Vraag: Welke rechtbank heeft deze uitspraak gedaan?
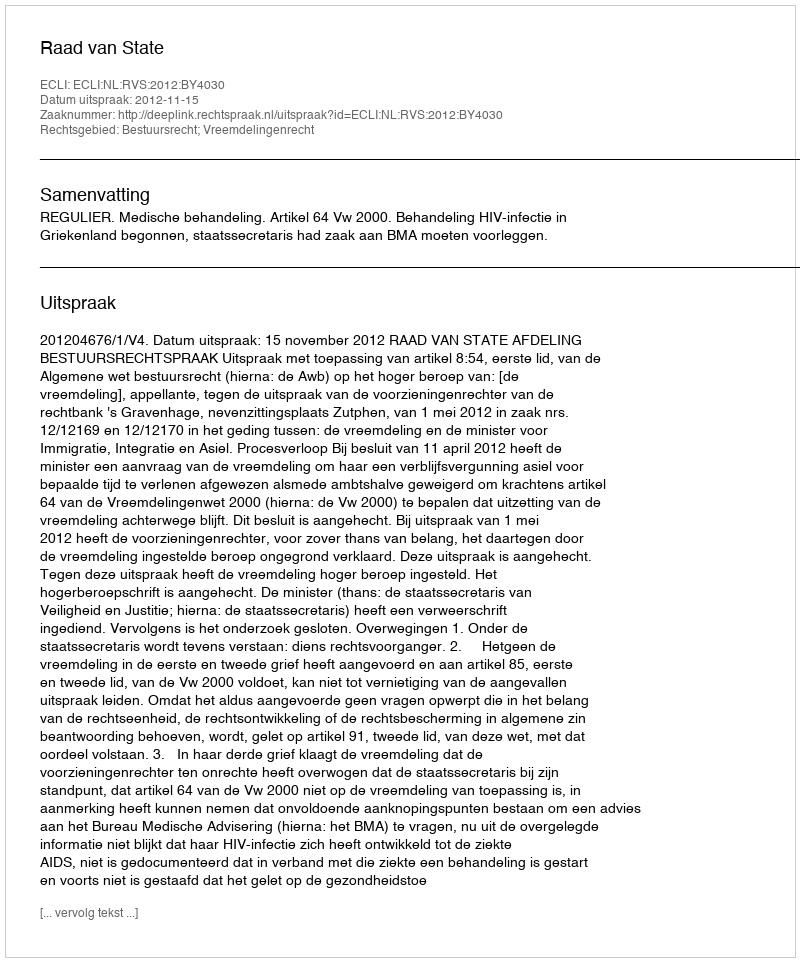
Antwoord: Raad van State